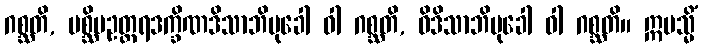
ဂစ္ဆတိ, ပစ္ဆိမဥတ္တရဒက္ခိဏဒိသာဘိမုခေါ ဝါ ဂစ္ဆတိ, ဝိဒိသာဘိမုခေါ ဝါ ဂစ္ဆတိ။ ဣမသ္မိံ